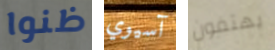
ظنوا آسيوي يهتفون